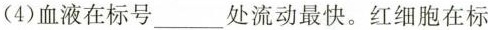
(4)血液在标号___处流动最快。红细胞在标